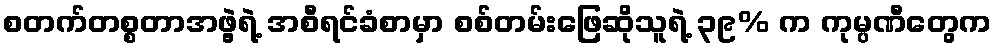
စတက်တစ္စတာအဖွဲ့ရဲ့ အစီရင်ခံစာမှာ စစ်တမ်းဖြေဆိုသူရဲ့ ၃၉% က ကုမ္ပဏီတွေက